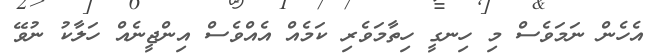
އެހެން ނަމަވެސް މި ހިނގީ ހިތާމަވެރި ކަމެއް އެއްވެސް އިންޖީނެއް ހަލާކު ނުވޭ